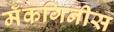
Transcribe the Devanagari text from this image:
मॅकगिनीस